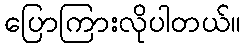
ပြောကြားလိုပါတယ်။